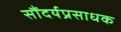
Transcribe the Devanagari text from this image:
सौंदर्यप्रसाधक